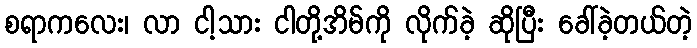
စရာကလေး၊ လာ ငါ့သား ငါတို့အိမ်ကို လိုက်ခဲ့ ဆိုပြီး ခေါ်ခဲ့တယ်တဲ့